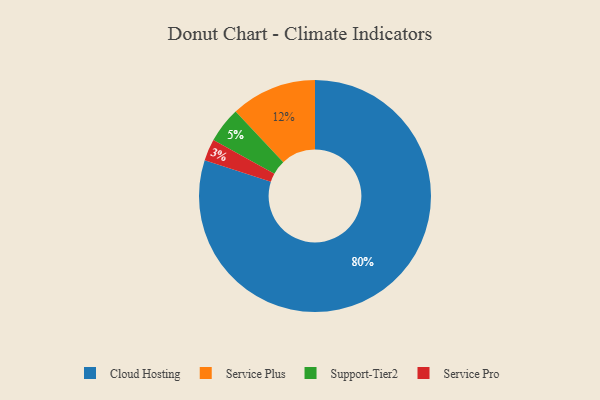
{"axis": {"x": "Category", "y": "Percentage"}, "legend": ["Cloud Hosting", "Service Plus", "Service Pro", "Support-Tier2"], "data": [{"x": "Service Plus", "y": 12, "type": "Service Plus"}, {"x": "Support-Tier2", "y": 5, "type": "Support-Tier2"}, {"x": "Cloud Hosting", "y": 80, "type": "Cloud Hosting"}, {"x": "Service Pro", "y": 3, "type": "Service Pro"}]}